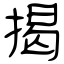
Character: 掲